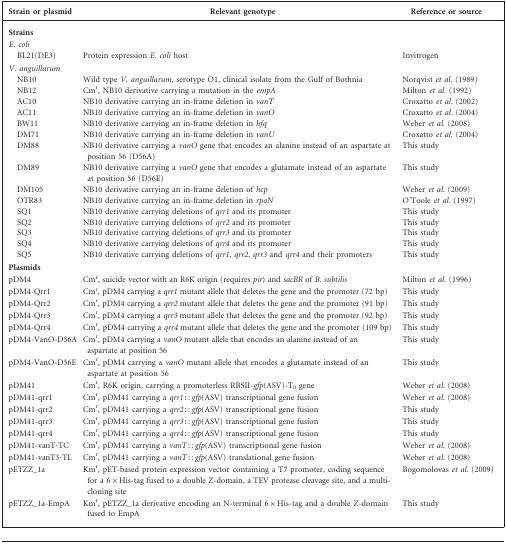
<table><thead><tr><td><b>Strain or plasmid</b></td><td><b>Relevant genotype</b></td><td><b>Reference or source</b></td></tr></thead><tbody><tr><td><b>Strains</b></td><td></td><td></td></tr><tr><td><i>E. coli</i></td><td></td><td></td></tr><tr><td>BL21(DE3)</td><td>Protein expression <i>E. coli</i> host</td><td>Invitrogen</td></tr><tr><td><i>V. anguillarum</i></td><td></td><td></td></tr><tr><td>NB10</td><td>Wild type <i>V. anguillarum</i>, serotype O1, clinical isolate from the Gulf of Bothnia</td><td>Norqvist <i>et al.</i> (1989)</td></tr><tr><td>NB12</td><td>Cm<sup>r</sup>, NB10 derivative carrying a mutation in the <i>empA</i></td><td>Milton <i>et al.</i> (1992)</td></tr><tr><td>AC10</td><td>NB10 derivative carrying an in-frame deletion in <i>vanT</i></td><td>Croxatto <i>et al.</i> (2002)</td></tr><tr><td>AC11</td><td>NB10 derivative carrying an in-frame deletion in <i>vanO</i></td><td>Croxatto <i>et al.</i> (2004)</td></tr><tr><td>BW11</td><td>NB10 derivative carrying an in-frame deletion in <i>hfq</i></td><td>Weber <i>et al.</i> (2008)</td></tr><tr><td>DM71</td><td>NB10 derivative carrying an in-frame deletion in <i>vanU</i></td><td>Croxatto <i>et al.</i> (2004)</td></tr><tr><td>DM88</td><td>NB10 derivative carrying a <i>vanO</i> gene that encodes an alanine instead of an aspartate at position 56 (D56A)</td><td>This study</td></tr><tr><td>DM89</td><td>NB10 derivative carrying a <i>vanO</i> gene that encodes a glutamate instead of an aspartate at position 56 (D56E)</td><td>This study</td></tr><tr><td>DM105</td><td>NB10 derivative carrying an in-frame deletion of <i>hcp</i></td><td>Weber <i>et al.</i> (2009)</td></tr><tr><td>OTR83</td><td>NB10 derivative carrying an in-frame deletion in <i>rpoN</i></td><td>O’Toole <i>et al.</i> (1997)</td></tr><tr><td>SQ1</td><td>NB10 derivative carrying deletions of <i>qrr1</i> and its promoter</td><td>This study</td></tr><tr><td>SQ2</td><td>NB10 derivative carrying deletions of <i>qrr2</i> and its promoter</td><td>This study</td></tr><tr><td>SQ3</td><td>NB10 derivative carrying deletions of <i>qrr3</i> and its promoter</td><td>This study</td></tr><tr><td>SQ4</td><td>NB10 derivative carrying deletions of <i>qrr4</i> and its promoter</td><td>This study</td></tr><tr><td>SQ5</td><td>NB10 derivative carrying deletions of <i>qrr1</i>, <i>qrr2</i>, <i>qrr3</i> and <i>qrr4</i> and their promoters</td><td>This study</td></tr><tr><td><b>Plasmids</b></td><td></td><td></td></tr><tr><td>pDM4</td><td>Cm<sup>r</sup>, suicide vector with an R6K origin (requires <i>pir</i>) and <i>sacBR</i> of <i>B. subtilis</i></td><td>Milton <i>et al.</i> (1996)</td></tr><tr><td>pDM4-Qrr1</td><td>Cm<sup>r</sup>, pDM4 carrying a <i>qrr1</i> mutant allele that deletes the gene and the promoter (72 bp)</td><td>This study</td></tr><tr><td>pDM4-Qrr2</td><td>Cm<sup>r</sup>, pDM4 carrying a <i>qrr2</i> mutant allele that deletes the gene and the promoter (91 bp)</td><td>This study</td></tr><tr><td>pDM4-Qrr3</td><td>Cm<sup>r</sup>, pDM4 carrying a <i>qrr3</i> mutant allele that deletes the gene and the promoter (92 bp)</td><td>This study</td></tr><tr><td>pDM4-Qrr4</td><td>Cm<sup>r</sup>, pDM4 carrying a <i>qrr4</i> mutant allele that deletes the gene and the promoter (109 bp)</td><td>This study</td></tr><tr><td>pDM4-VanO-D56A</td><td>Cm<sup>r</sup>, pDM4 carrying a <i>vanO</i> mutant allele that encodes an alanine instead of an aspartate at position 56</td><td>This study</td></tr><tr><td>pDM4-VanO-D56E</td><td>Cm<sup>r</sup>, pDM4 carrying a <i>vanO</i> mutant allele that encodes a glutamate instead of an aspartate at position 56</td><td>This study</td></tr><tr><td>pDM41</td><td>Cm<sup>r</sup>, R6K origin, carrying a promoterless RBSII-<i>gfp</i>(ASV)-T<sub>0</sub> gene</td><td>Weber <i>et al.</i> (2008)</td></tr><tr><td>pDM41-qrr1</td><td>Cm<sup>r</sup>, pDM41 carrying a <i>qrr1</i> : : <i>gfp</i>(ASV) transcriptional gene fusion</td><td>Weber <i>et al.</i> (2008)</td></tr><tr><td>pDM41-qrr2</td><td>Cm<sup>r</sup>, pDM41 carrying a <i>qrr2</i> : : <i>gfp</i>(ASV) transcriptional gene fusion</td><td>This study</td></tr><tr><td>pDM41-qrr3</td><td>Cm<sup>r</sup>, pDM41 carrying a <i>qrr3</i> : : <i>gfp</i>(ASV) transcriptional gene fusion</td><td>This study</td></tr><tr><td>pDM41-qrr4</td><td>Cm<sup>r</sup>, pDM41 carrying a <i>qrr4</i> : : <i>gfp</i>(ASV) transcriptional gene fusion</td><td>This study</td></tr><tr><td>pDM41-vanT·TC</td><td>Cm<sup>r</sup>, pDM41 carrying a <i>vanT</i> : : <i>gfp</i>(ASV) transcriptional gene fusion</td><td>Weber <i>et al.</i> (2008)</td></tr><tr><td>pDM41-vanT3·TL</td><td>Cm<sup>r</sup>, pDM41 carrying a <i>vanT</i> : : <i>gfp</i>(ASV) translational gene fusion</td><td>Weber <i>et al.</i> (2008)</td></tr><tr><td>pETZZ_1a</td><td>Km<sup>r</sup>, pET-based protein expression vector containing a T7 promoter, coding sequence for a 6×His-tag fused to a double Z-domain, a TEV protease cleavage site, and a multi-cloning site</td><td>Bogomolovas <i>et al.</i> (2009)</td></tr><tr><td>pETZZ_1a-EmpA</td><td>Km<sup>r</sup>, pETZZ_1a derivative encoding an N-terminal 6×His-tag and a double Z-domain fused to EmpA</td><td>This study</td></tr></tbody></table>